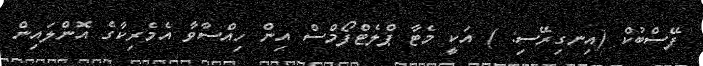
ފޭސްބުކް (އިނގިރޭސި: ) އަކީ މެޓާ ޕްލެޓްފޯމްސް އިން ހިއްސާވާ އެމެރިކާގެ އޮންލައިން